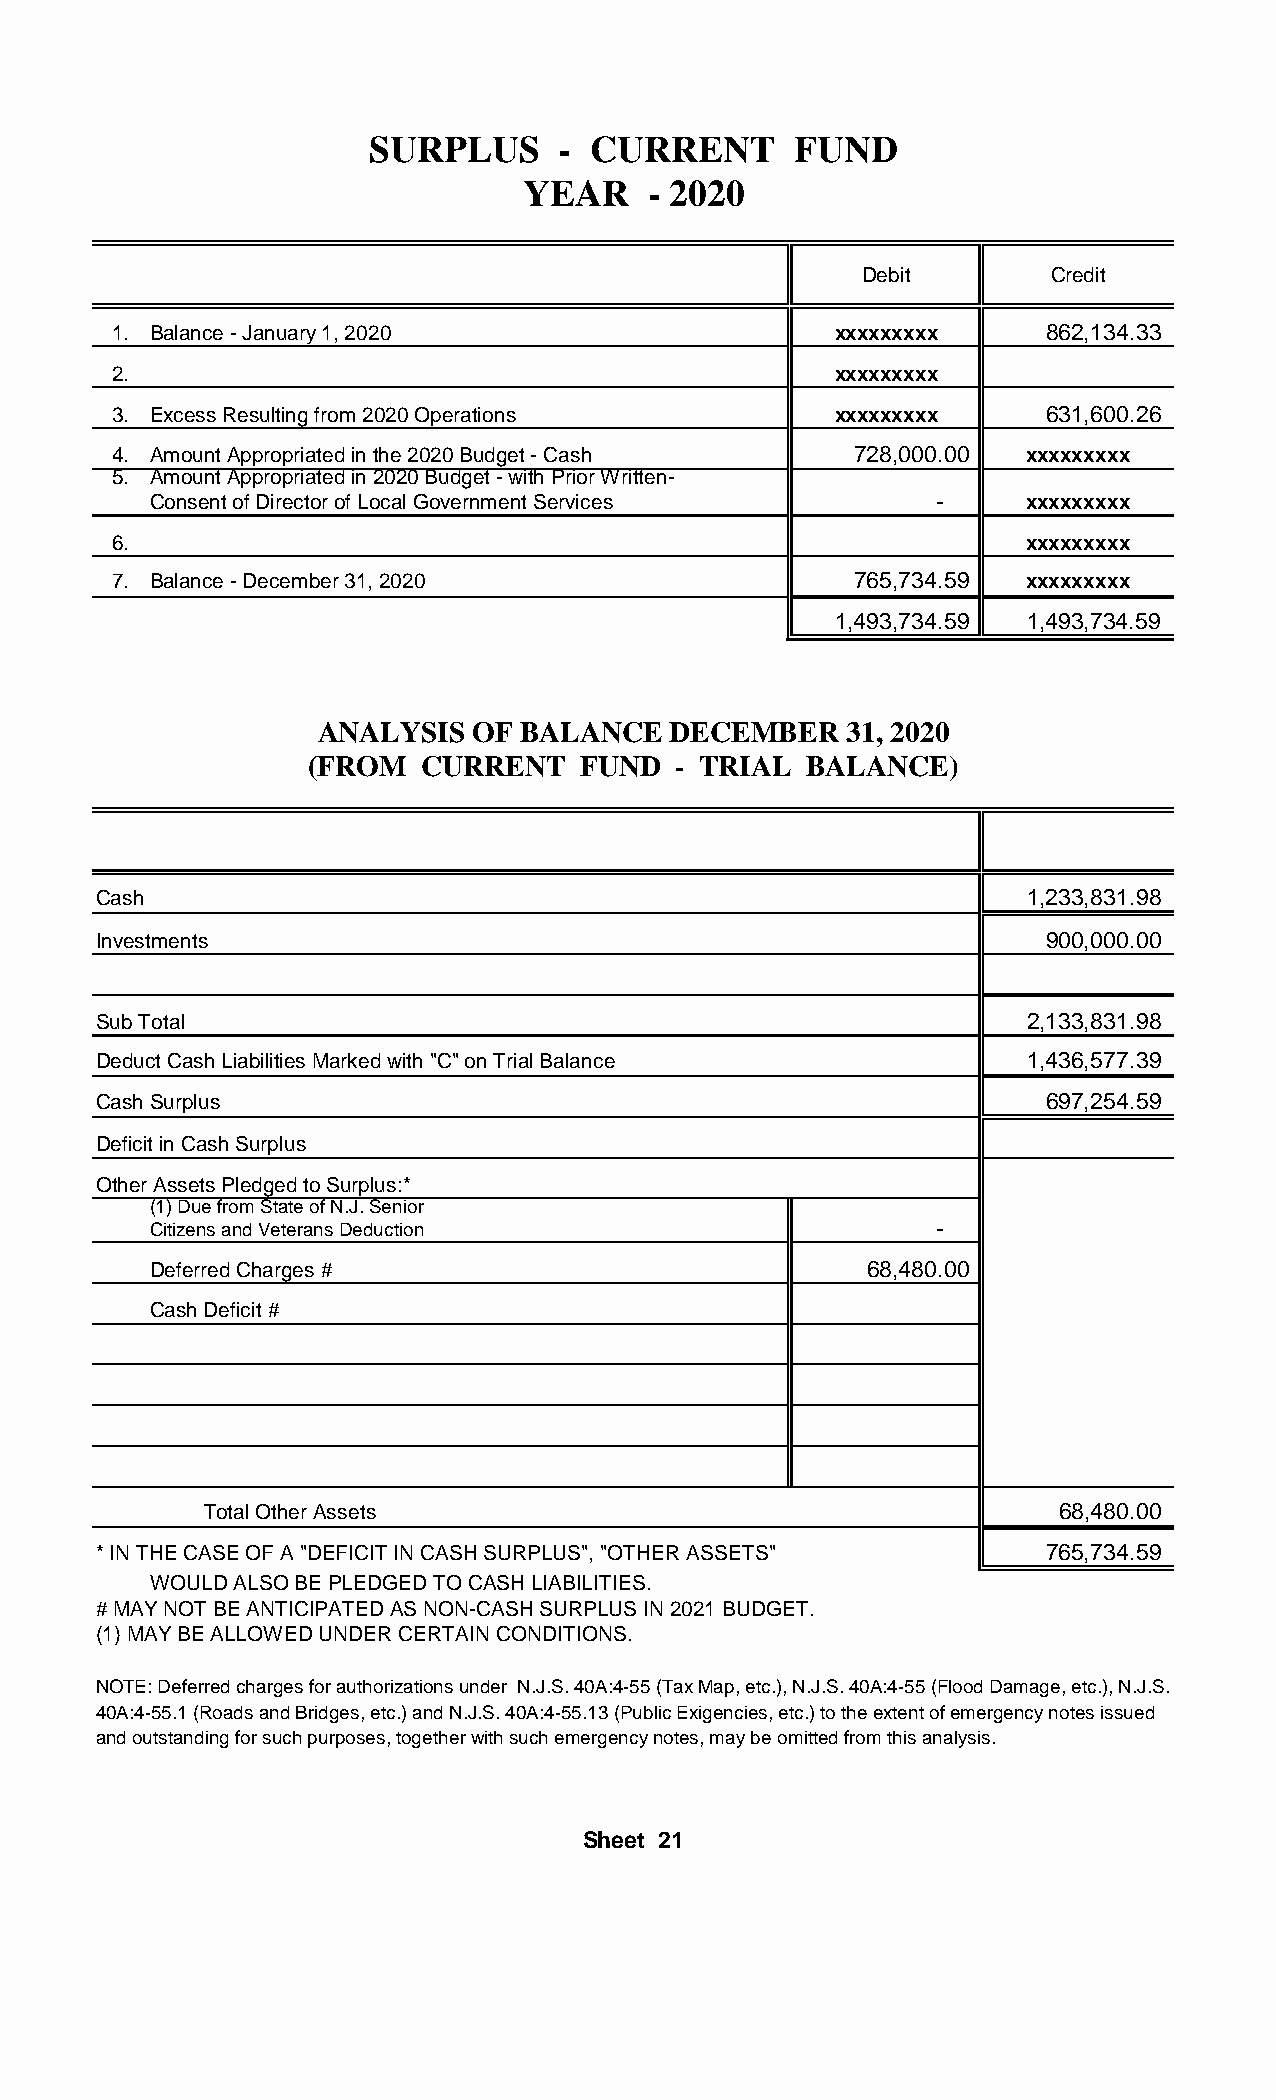
SURPLUS      - CURRENT      FUND
 YEAR    - 2020
 Debit       Credit
 1. Balance - January 1, 2020                    xxxxxxxxx     862,134.33
 2.                                              xxxxxxxxx
 3. Excess Resulting from 2020 Operations        xxxxxxxxx     631,600.26
 4. Amount Appropriated in the 2020 Budget - Cash 728,000.00  xxxxxxxxx
 5. Amount Appropriated in 2020 Budget - with Prior Written-
 Consent of Director of Local Government Services    -     xxxxxxxxx
 6.                                                           xxxxxxxxx
 7. Balance - December 31, 2020                   765,734.59  xxxxxxxxx
 1,493,734.59 1,493,734.59
 ANALYSIS  OF BALANCE   DECEMBER    31, 2020
 (FROM   CURRENT   FUND  - TRIAL  BALANCE)
 Cash                                                          1,233,831.98
 Investments                                                    900,000.00
 Sub Total                                                     2,133,831.98
 Deduct Cash Liabilities Marked with "C" on Trial Balance      1,436,577.39
 Cash Surplus                                                   697,254.59
 Deficit in Cash Surplus
 Other Assets Pledged to Surplus:*
 (1) Due from State of N.J. Senior
 Citizens and Veterans Deduction                     -
 Deferred Charges #                             68,480.00
 Cash Deficit #
 Total Other Assets                                       68,480.00
 * IN THE CASE OF A "DEFICIT IN CASH SURPLUS", "OTHER ASSETS"   765,734.59
 WOULD ALSO BE PLEDGED TO CASH LIABILITIES.
 # MAY NOT BE ANTICIPATED AS NON-CASH SURPLUS IN 2021 BUDGET.
 (1) MAY BE ALLOWED UNDER CERTAIN CONDITIONS.
 NOTE: Deferred charges for authorizations under N.J.S. 40A:4-55 (Tax Map, etc.), N.J.S. 40A:4-55 (Flood Damage, etc.), N.J.S.
 40A:4-55.1 (Roads and Bridges, etc.) and N.J.S. 40A:4-55.13 (Public Exigencies, etc.) to the extent of emergency notes issued
 and outstanding for such purposes, together with such emergency notes, may be omitted from this analysis.
 Sheet 21